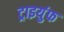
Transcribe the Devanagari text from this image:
ट्राइयुंफ